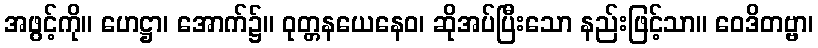
အဖွင့်ကို။ ဟေဋ္ဌာ၊ အောက်၌။ ဝုတ္တနယေနေဝ၊ ဆိုအပ်ပြီးသော နည်းဖြင့်သာ။ ဝေဒိတဗ္ဗာ၊